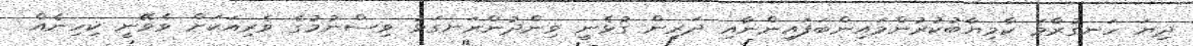
ދިޔަ ހަނގުރާމަ ކާމިޔާބުކުރުންމައިންބަފައިންނާއި ދަރިން ގުޅެނީ ވިންދުންރަނގަޅު ވިސްނުމުގެ ވެރިއަކަށް ވެވޭނީ ކިހިނެއް